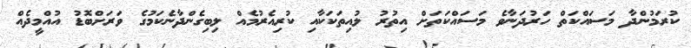
ކުރަމުންދާ މަސައްކަތް ހަރުދަނާވެ މަސައްކަތަށް އިތުރު ލުއިތަކަކާއި ކުރިއެރުމެއް ލިބިގެންދާނެކަމުގެ ވަރަށްބޮޑު އުއްމީދެއް